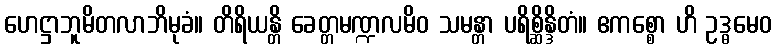
ဟေဋ္ဌာဘူမိတလာဘိမုခံ။ တိရိယန္တိ ခေတ္တမဏ္ဍလမိဝ သမန္တာ ပရိစ္ဆိန္ဒိတံ။ ဧကစ္စော ဟိ ဥဒ္ဓမေဝ